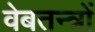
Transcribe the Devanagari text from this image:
वेबतन्त्रों